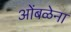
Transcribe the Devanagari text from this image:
ओंबळेना